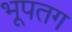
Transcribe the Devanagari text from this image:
भूपतग